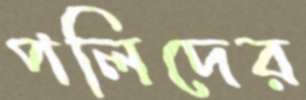
পলিদের